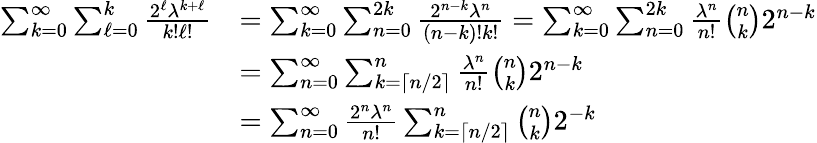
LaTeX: \begin{array}{rl}{\sum_{k=0}^{\infty}\sum_{\ell=0}^{k}\frac{2^{\ell}\lambda^{k+\ell}}{k!\ell!}}&{=\sum_{k=0}^{\infty}\sum_{n=0}^{2k}\frac{2^{n-k}\lambda^{n}}{(n-k)!k!}=\sum_{k=0}^{\infty}\sum_{n=0}^{2k}\frac{\lambda^{n}}{n!}\binom{n}{k}2^{n-k}}\\ &{=\sum_{n=0}^{\infty}\sum_{k=\lceil n/2\rceil}^{n}\frac{\lambda^{n}}{n!}\binom{n}{k}2^{n-k}}\\ &{=\sum_{n=0}^{\infty}\frac{2^{n}\lambda^{n}}{n!}\sum_{k=\lceil n/2\rceil}^{n}\binom{n}{k}2^{-k}}\end{array}